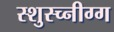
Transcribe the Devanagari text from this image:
स्शुस्च्नीग्ग